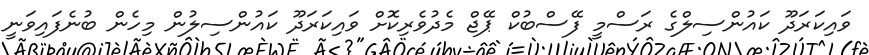
ވައިކަރަދޫ ކައުންސިލްގެ ރަސްމީ ފޭސްބުކް ޕޭޖް މެދުވެރިކޮށް ވައިކަރަދޫ ކައުންސިލުން މިހެން ބުނެފައިވަނީ